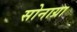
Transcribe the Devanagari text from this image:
सोनाग्रा